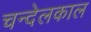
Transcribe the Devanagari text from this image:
चन्देलकाल